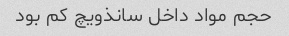
حجم مواد داخل سانذویچ کم بود